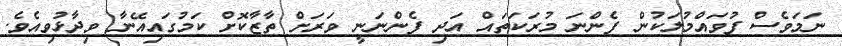
ނަމަވެސް ފުވައްމުލަކުން ފެންނަ މުރަކަތައް އަދި ފެންނަނީ ވަރަށް ތާޒާކޮށް ކަމުގައިއޭނާ ވިދާޅުވިއެވެ.